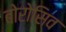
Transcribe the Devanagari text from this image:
बोरोसिव